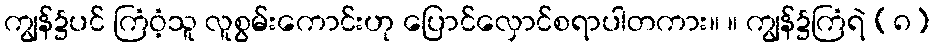
ကျွန်၌ပင် ကြံဝံ့သူ လူစွမ်းကောင်းဟု ပြောင်လှောင်စရာပါတကား။ ။ ကျွန်၌ကြံရဲ (၈)